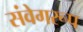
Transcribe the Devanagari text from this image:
संवेगरूप